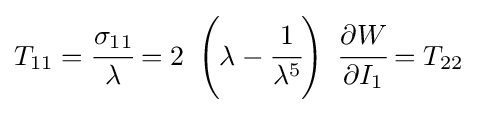
T_{11}={\cfrac {\sigma _{11}}{\lambda }}=2~\left(\lambda -{\cfrac {1}{\lambda ^{5}}}\right)~{\cfrac {\partial W}{\partial I_{1}}}=T_{22}~